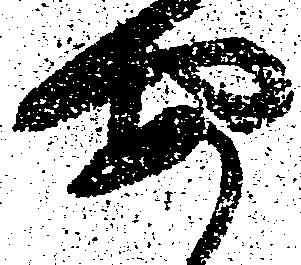
安